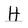
Character: H